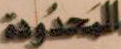
المحدودة